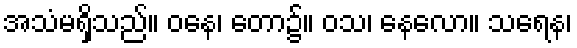
အသံမရှိသည်။ ဝနေ၊ တော၌။ ဝသ၊ နေလော။ သရေန၊